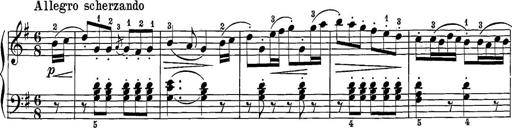
Title: 12 Sonatine per Pianoforte
Composer: Friedrich Kuhlau